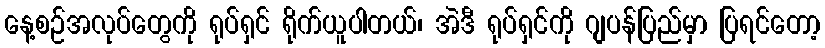
နေ့စဉ်အလုပ်တွေကို ရုပ်ရှင် ရိုက်ယူပါတယ်၊ အဲဒီ ရုပ်ရှင်ကို ဂျပန်ပြည်မှာ ပြရင်တော့